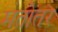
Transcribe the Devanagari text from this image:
मतोतर